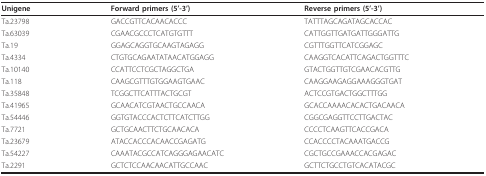
| Unigene | Forward primers (5'-3') | Reverse primers (5'-3') |
 | --- | --- | --- |
 | Ta.23798 | GACCGTTCACAACACCC | TATTTAGCAGATAGCACCAC |
 | Ta.63039 | CGAACGCCCTCATGTGTTT | CATTGGTTGATGATTGGGATTG |
 | Ta.19 | GGAGCAGGTGCAAGTAGAGG | CGTTTGGTTCATCGGAGC |
 | Ta.4334 | CTGTGCAGAATATAACATGGAGG | CAAGGTCACATTCAGACTGGTTTC |
 | Ta.10140 | CCATTCCTCGCTAGGCTGA | GTACTGGTTGTCGAACACGTTG |
 | Ta.118 | CAAGCGTTTGTGGAAGTGAAC | CAAGGAAGAGGAAAGGGTGAT |
 | Ta.35848 | TCGGCTTCATTTACTGCGT | ACTCCGTGACTGGCTTTGG |
 | Ta.41965 | GCAACATCGTAACTGCCAACA | GCACCAAAACACACTGACAACA |
 | Ta.54446 | GGTGTACCCACTCTTCATCTTGG | CGGCGAGGTTCCTTGACTAC |
 | Ta.7721 | GCTGCAACTTCTGCAACACA | CCCCTCAAGTTCACCGACA |
 | Ta.23679 | ATACCACCCACAACCGAGATG | CCACCCCTACAAATGACCG |
 | Ta.54227 | CAAATACGCCATCAGGGAGAACATC | CGCTGCCGAAACCACGAGAC |
 | Ta.2291 | GCTCTCCAACAACATTGCCAAC | GCTTCTGCCTGTCACATACGC |